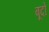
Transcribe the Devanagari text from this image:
बूदो